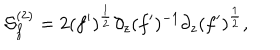
{ \cal S } _ { f } ^ { ( 2 ) } = 2 ( f ^ { \prime } ) ^ { \frac { 1 } { 2 } } \partial _ { z } ( f ^ { \prime } ) ^ { - 1 } \partial _ { z } ( f ^ { \prime } ) ^ { \frac { 1 } { 2 } } ,